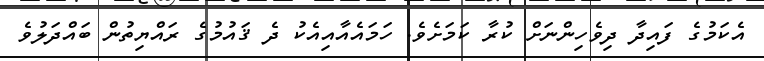
އެކަމުގެ ފައިދާ ދިވެހިންނަށް ކުރާ ކަމަށެވެ. ހަމައެއާއިއެކު ދެ ޤައުމުގެ ރައްޔިތުން ބައްދަލުވެ